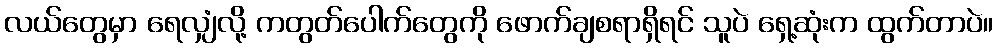
လယ်တွေမှာ ရေလျှံလို့ ကတွတ်ပေါက်တွေကို ဖောက်ချစရာရှိရင် သူပဲ ရှေ့ဆုံးက ထွက်တာပဲ။